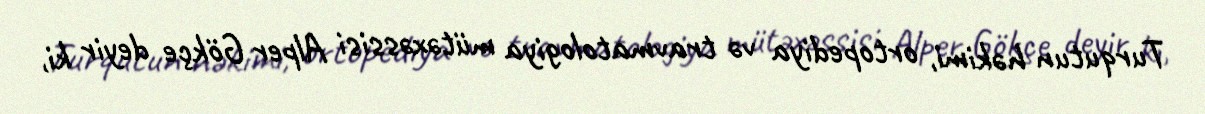
Turqutun həkimi, ortopediya və travmatologiya mütəxəssisi Alper Gökçe deyir ki,